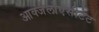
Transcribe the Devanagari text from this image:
आक्जेलोएसीटेट